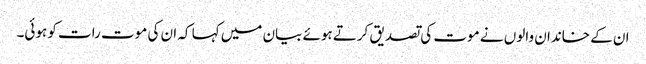
ان کے خاندان والوں نے موت کی تصدیق کرتے ہوئے بیان میں کہا کہ ان کی موت رات کو ہوئی۔